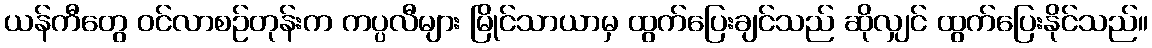
ယန်ကီတွေ ဝင်လာစဉ်တုန်းက ကပ္ပလီများ မြိုင်သာယာမှ ထွက်ပြေးချင်သည် ဆိုလျှင် ထွက်ပြေးနိုင်သည်။